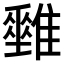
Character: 𩁅